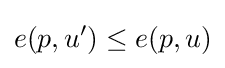
e(p,u^{\prime })\leq e(p,u)